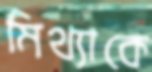
মিথ্যাকে